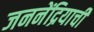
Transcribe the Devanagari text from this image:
जननेंद्रियाची